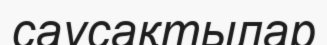
саусақтылар